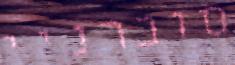
סוברניי